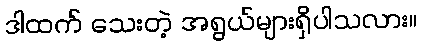
ဒါထက် သေးတဲ့ အရွယ်များရှိပါသလား။